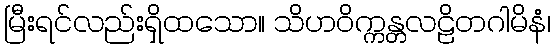
မြီးရင်လည်းရှိထသော။ သိဟဝိက္ကန္တလဠိတဂါမိနံ၊